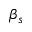
\beta _ { s }